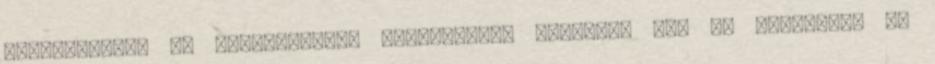
szabályokkal és alapelvekkel összhangban dolgozza fel az Adatokat, és